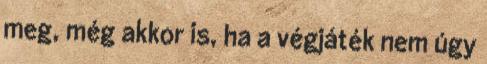
meg, még akkor is, ha a végjáték nem úgy